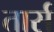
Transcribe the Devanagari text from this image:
तार्स